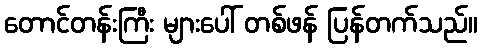
တောင်တန်းကြီး များပေါ် တစ်ဖန် ပြန်တက်သည်။